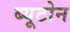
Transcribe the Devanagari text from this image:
ब्यूटोन